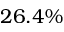
2 6 . 4 \%